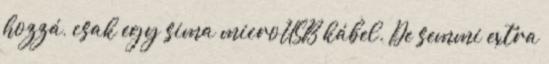
hozzá, csak egy sima microUSB kábel. De semmi extra